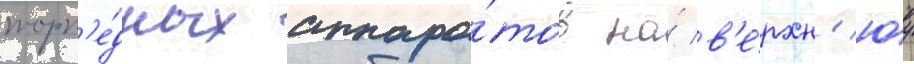
торп'е́дных аппара́тов на́ в'е́рхн'юу